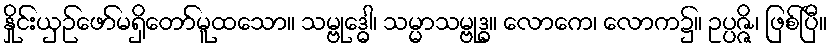
နှိုင်းယှဉ်ဖော်မရှိတော်မူထသော။ သမ္ဗုဒ္ဓေါ၊ သမ္မာသမ္ဗုဒ္ဓ။ လောကေ၊ လောက၌။ ဥပ္ပဇ္ဇိ၊ ဖြစ်ပြီ။